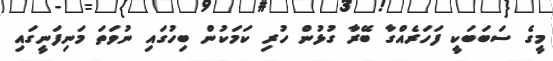
މީގެ ސަބަބަކީ ފަހަރެއްގާ ބޭރާ ގުޅުން ހުރި ކަމަކުން ބިހުގައި ނުވަތަ މަނިފަނީގައި